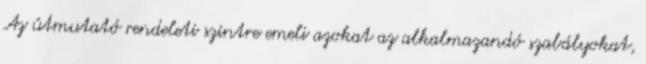
Az útmutató rendeleti szintre emeli azokat az alkalmazandó szabályokat,